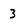
Character: 3